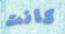
كانت